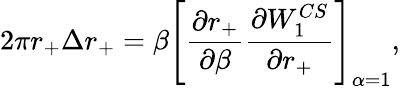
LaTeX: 2\pi r_{+}\Delta r_{+}=\beta\left[{\frac{\partial{r_{+}}}{\partial\beta}}{\frac{\partial{W_{1}^{CS}}}{\partial r_{+}}}\right]_{\alpha=1},